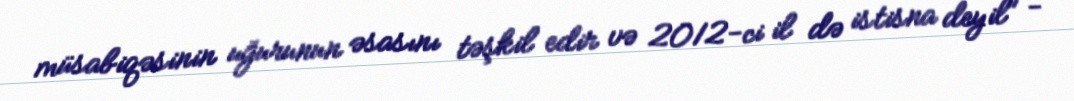
müsabiqəsinin uğurunun əsasını təşkil edir və 2012-ci il də istisna deyil" -